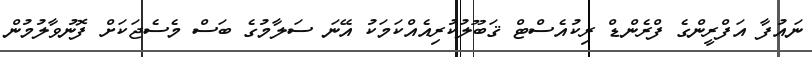
ނައުފާ އަފްރީންގެ ފްރެންޑް ރިކުއެސްޓް ޤަބޫލުކުރިއެއްކަމަކު އޭނަ ސަލާމުގެ ބަސް މެސެޖަކަށް ފޮނުވާލުމުން